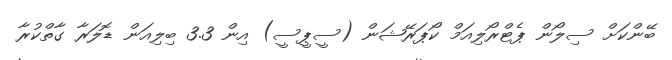
ބޭންކަށް ސިލޯން ޕެޓްރޯލިއަމް ކޯޕަރޭޝަން (ސީޕީސީ) އިން 3.3 ބިލިއަން ޑޮލަރާ ގާތްކުރާ